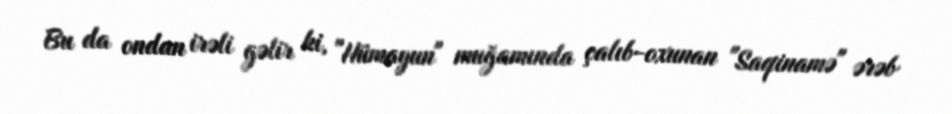
Bu da ondan irəli gəlir ki, "Hümayun" muğamında çalıb-oxunan "Saqinamə" ərəb